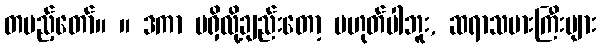
တပည့်တော်။ ။ ဒကာ မရှိလို့ချည်းတော့ မဟုတ်ပါဘူး, ဆရာသမားကြီးများ